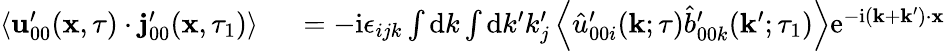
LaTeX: \begin{array}{rl}{\left\langle\mathbf{u}_{00}^{\prime}(\mathbf{x},\tau)\cdot\mathbf{j}_{00}^{\prime}(\mathbf{x},\tau_{1})\right\rangle}&{{}\, \, =-\mathrm{i}\epsilon_{ijk}\int\mathrm{d}k\int\mathrm{d}k^{\prime}k_{j}^{\prime}\left\langle\hat{u}_{00i}^{\prime}(\mathbf{k};\tau)\hat{b}_{00k}^{\prime}(\mathbf{k}^{\prime};\tau_{1})\right\rangle\mathrm{e}^{-\mathrm{i}(\mathbf{k}+\mathbf{k}^{\prime})\cdot\mathbf{x}}}\end{array}